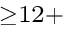
^ { \ge 1 2 + }